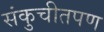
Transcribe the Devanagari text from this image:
संकुचीतपण